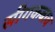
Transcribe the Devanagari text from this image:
सीगकबाब